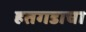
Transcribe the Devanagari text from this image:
हतगडाचा